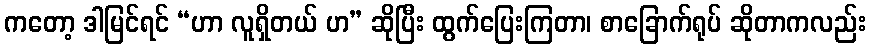
ကတော့ ဒါမြင်ရင် “ဟာ လူရှိတယ် ဟ” ဆိုပြီး ထွက်ပြေးကြတာ၊ စာခြောက်ရုပ် ဆိုတာကလည်း